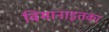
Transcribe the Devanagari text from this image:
विमानाइतका